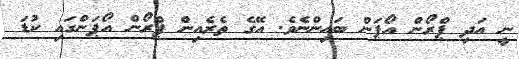
ނީ އަދި ޕްރޯން އޯޕަން ބައިންނެވެ. އޭގެ ތެރެއިން ޕްރޯން އޯޕަންގައި ކުޑަ